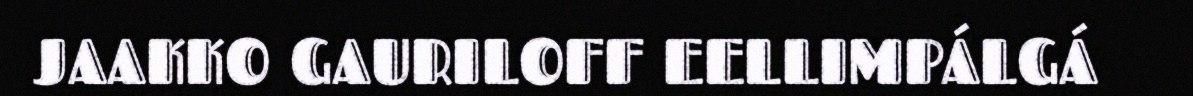
JAAKKO GAURILOFF EELLIMPÁLGÁ